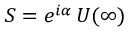
S = e ^ { i \alpha } \, U ( \infty )